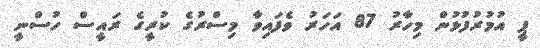
ޕީ އުމުރުފުޅުން މިހާރު 87 އަހަރު ވެފައިވާ މިސްރުގެ ކުރީގެ ރައީސް ހުސްނީ